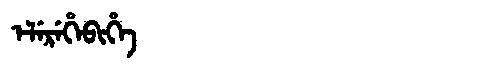
Manchu: ᡝᠯᡝᡵᡝᡥᡝᠪᡳᡥᡝ
Romanization: ELEREHEBIHE